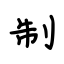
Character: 制